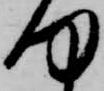
何